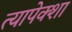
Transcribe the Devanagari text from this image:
त्यापेक्शा